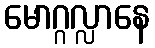
မောဂ္ဂလ္လာနေ